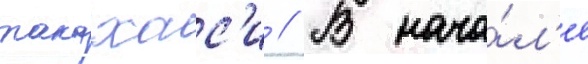
такахас'и // В нача́л'е